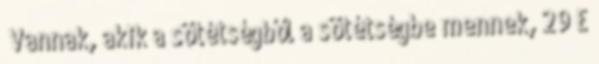
„Vannak, akik a sötétségből a sötétségbe mennek, 29 E